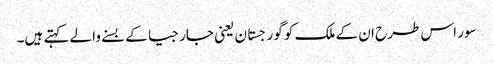
سور اس طرح ان کے ملک کو گورجستان یعنی جارجیا کے بسنے والے کہتے ہیں۔